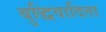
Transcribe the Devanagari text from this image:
बुद्धिवादिता